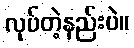
လုပ်တဲ့နည်းပဲ။